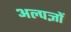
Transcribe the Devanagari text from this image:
अल्पज्ञों